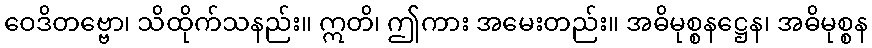
ဝေဒိတဗ္ဗော၊ သိထိုက်သနည်း။ ဣတိ၊ ဤကား အမေးတည်း။ အဓိမုစ္စနဋ္ဌေန၊ အဓိမုစ္စန